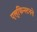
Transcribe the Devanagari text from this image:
एल्‌फिन्स्टनने